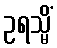
ဥရသ္မိံ